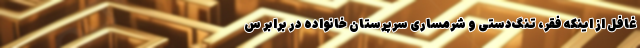
غافل از اینکه فقر، تنگ‌دستی و شرمساری سرپرستان خانواده در برابر س